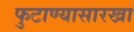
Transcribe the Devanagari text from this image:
फुटाण्यासारखा